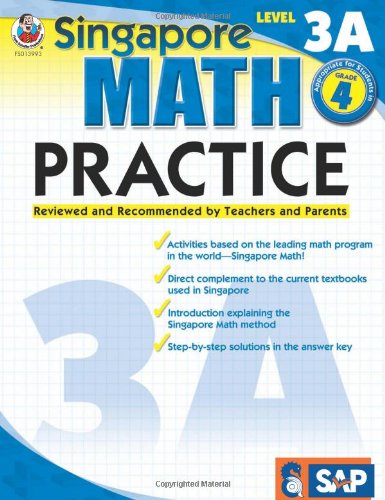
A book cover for Singapore Math Practice, Level 3A, Grade 4; Children's Books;